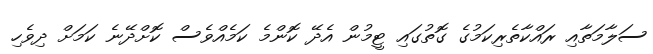
ސަލާމަތާއި ރައްކާތެރިކަމުގެ ގޮތުގައި ޓީމުން އެދޭ ކޮންމެ ކަމެއްވެސް ކޮށްދޭނެ ކަމަށް ދިވެހި